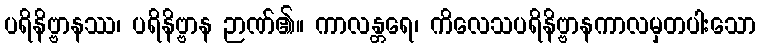
ပရိနိဗ္ဗာနဿ၊ ပရိနိဗ္ဗာန ဉာဏ်၏။ ကာလန္တရေ၊ ကိလေသပရိနိဗ္ဗာနကာလမှတပါးသော